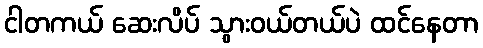
ငါတကယ် ဆေးလိပ် သွားဝယ်တယ်ပဲ ထင်နေတာ